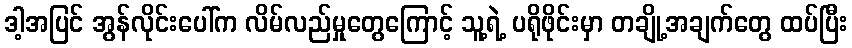
ဒါ့အပြင် အွန်လိုင်းပေါ်က လိမ်လည်မှုတွေကြောင့် သူ့ရဲ့ ပရိုဖိုင်းမှာ တချို့အချက်တွေ ထပ်ပြီး